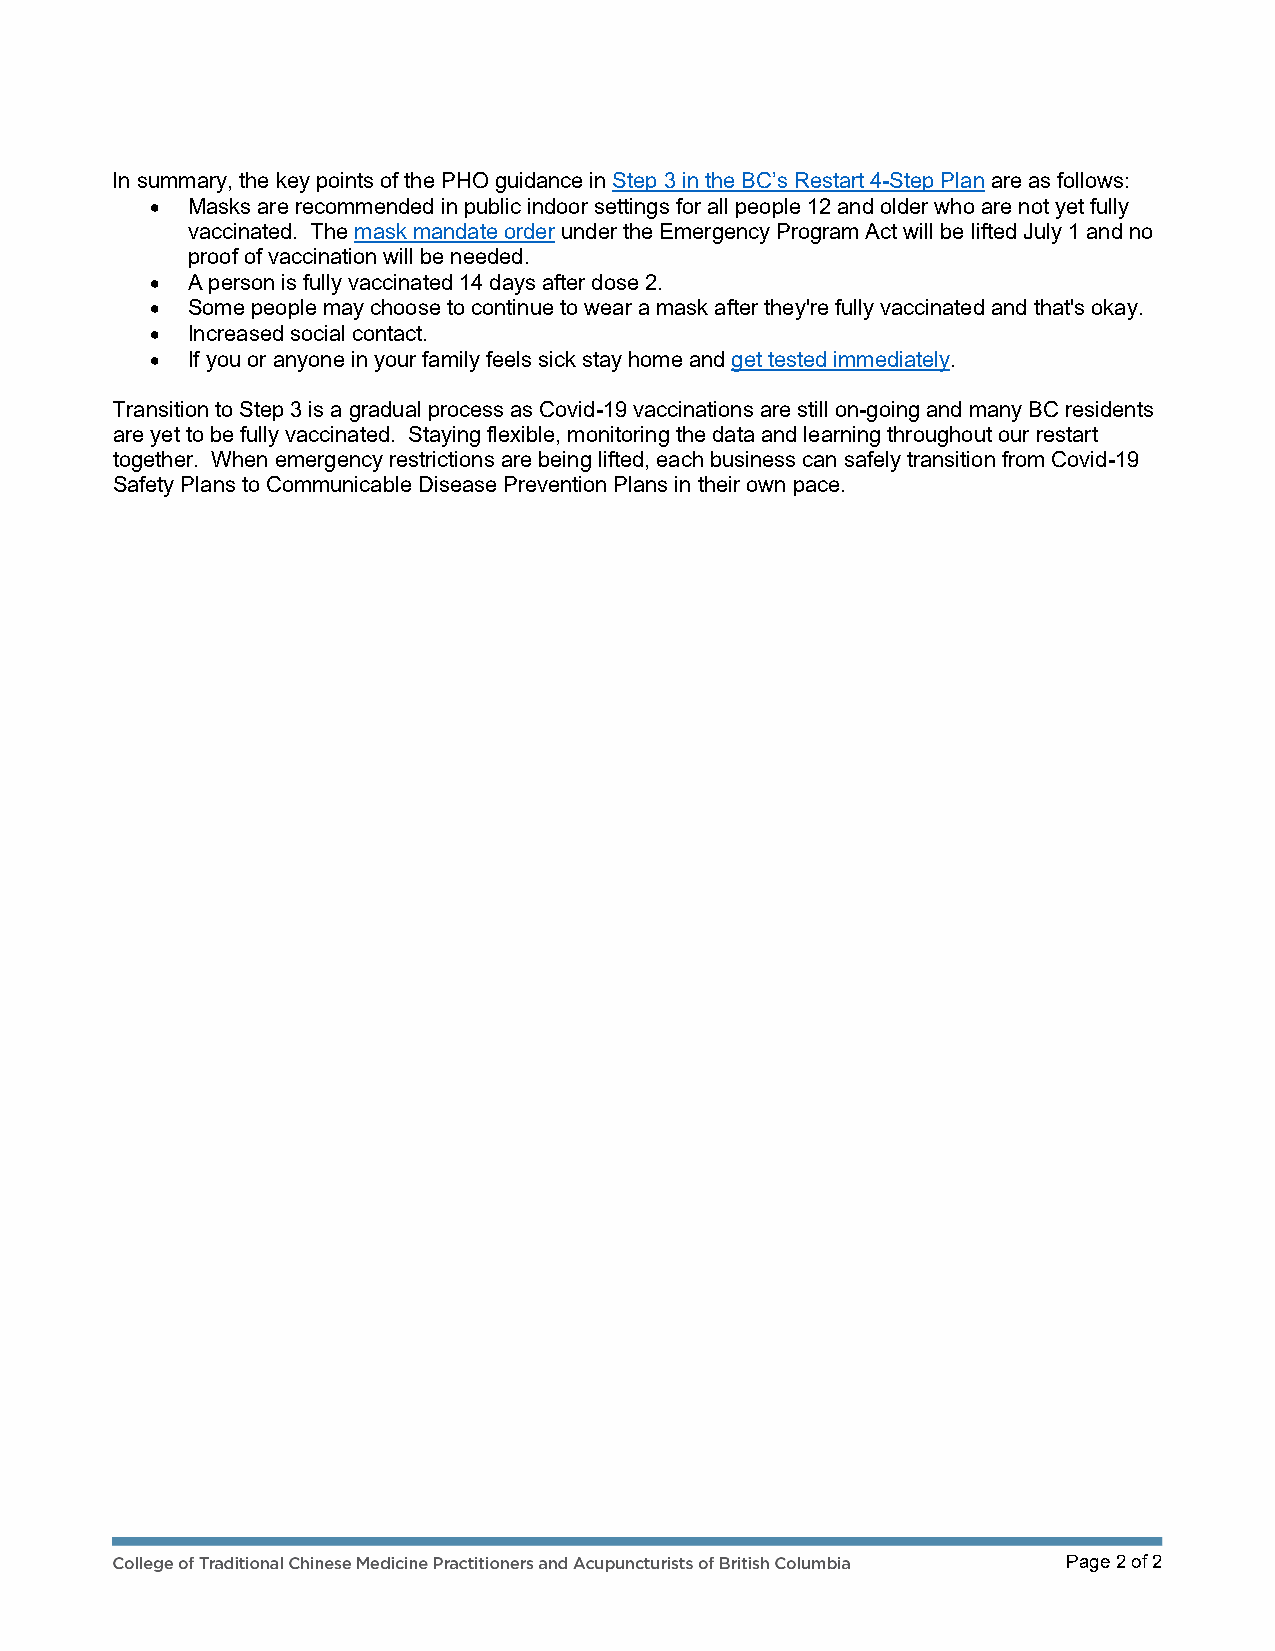
In summary, the key points of the PHO guidance in Step 3 in the BC’s Restart 4-Step Plan are as follows:
 • Masks are recommended in public indoor settings for all people 12 and older who are not yet fully
 vaccinated. The mask mandate order under the Emergency Program Act will be lifted July 1 and no
 proof of vaccination will be needed.
 • A person is fully vaccinated 14 days after dose 2.
 • Some people may choose to continue to wear a mask after they're fully vaccinated and that's okay.
 • Increased social contact.
 • If you or anyone in your family feels sick stay home and get tested immediately.
 Transition to Step 3 is a gradual process as Covid-19 vaccinations are still on-going and many BC residents
 are yet to be fully vaccinated. Staying flexible, monitoring the data and learning throughout our restart
 together. When emergency restrictions are being lifted, each business can safely transition from Covid-19
 Safety Plans to Communicable Disease Prevention Plans in their own pace.
 Page 2 of 2